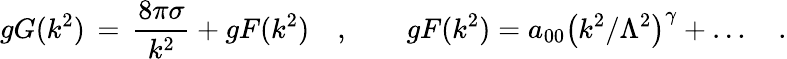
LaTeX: gG(k^{2})\, =\, {\frac{8\pi\sigma}{k^{2}}}+gF(k^{2})\quad,\qquad gF(k^{2})=a_{00}\left(k^{2}/\Lambda^{2}\right)^{\gamma}+\ldots\quad.